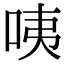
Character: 咦